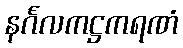
နင်္ဂလကဋ္ဌကရဏံ